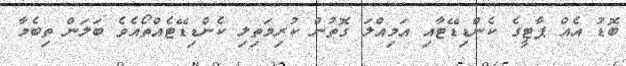
ބޮޑު އެއް ޕާޓީގެ ކެންޑިޑޭޓާއި އަމިއްލަ ގޮތުން ކުރިމަތިލި ކެންޑިޑޭޓެއްތޯއެވެ ބަލަން ތިބެމާ